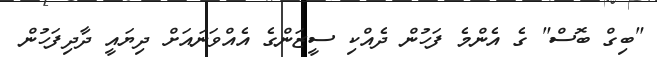
"ބިގް ބޮސް" ގެ އެންމެ ފަހުން ދެއްކި ސީޒަންގެ އެއްވަނައަށް ދިޔައީ ދާދިފަހުން